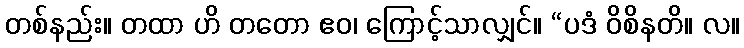
တစ်နည်း။ တထာ ဟိ တတော ဧဝ၊ ကြောင့်သာလျှင်။ “ပဒံ ဝိစိနတိ။ လ။